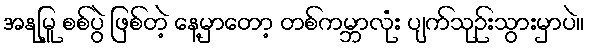
အနုမြူ စစ်ပွဲ ဖြစ်တဲ့ နေ့မှာတော့ တစ်ကမ္ဘာလုံး ပျက်သုဉ်းသွားမှာပဲ။